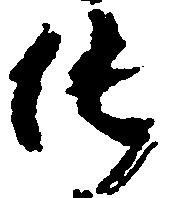
純